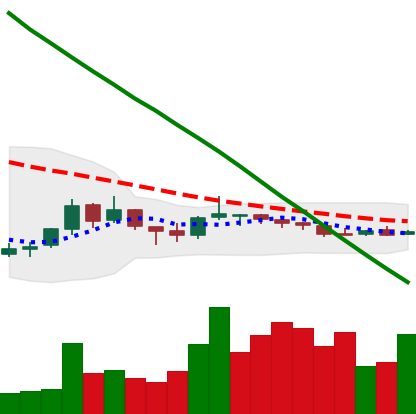
Ticker: NEO-USD
Chart end date: 2018-10-07
Forward return: -13.488%
Label: down_7plus